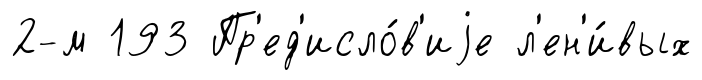
2-м 193 Пр'ед'исло́в'иjе л'ен'и́вых